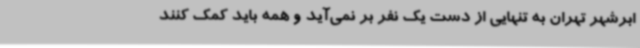
ابرشهر تهران به تنهایی از دست یک نفر بر نمی‌آید و همه باید کمک کنند